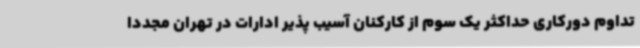
تداوم دورکاری حداکثر یک سوم از کارکنان آسیب پذیر ادارات در تهران مجددا